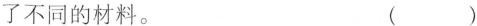
了不同的材料。 ()